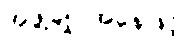
အဖွဲ့ချုပ်အနေဖြင့်